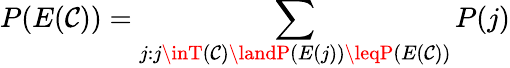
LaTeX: P(E(\mathcal{C}))=\sum_{j:j\inT(\mathcal{C})\landP(E(j))\leqP(E(\mathcal{C}))}P(j)